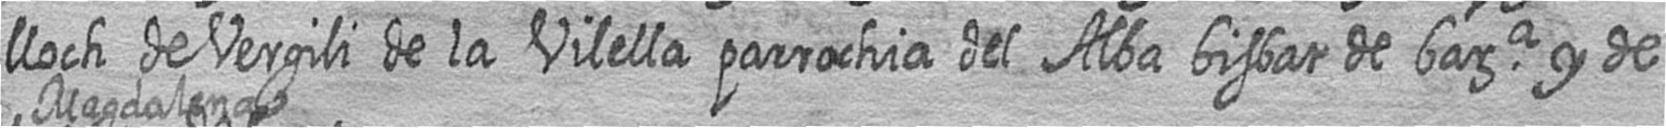
lloch de Vergili de la Vilella parrochia del Alba bisbat de bara y de